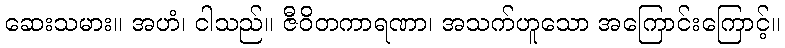
ဆေးသမား။ အဟံ၊ ငါသည်။ ဇီဝိတကာရဏာ၊ အသက်ဟူသော အကြောင်းကြောင့်။